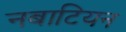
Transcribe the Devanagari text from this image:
नबाटियन